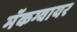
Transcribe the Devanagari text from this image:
मॅकग्वायर